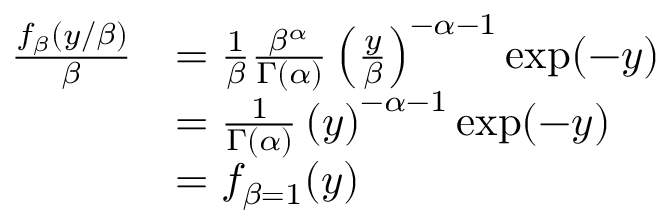
{ \begin{array} { r l } { { \frac { f _ { \beta } ( y / \beta ) } { \beta } } } & { = { \frac { 1 } { \beta } } { \frac { \beta ^ { \alpha } } { \Gamma ( \alpha ) } } \left( { \frac { y } { \beta } } \right) ^ { - \alpha - 1 } \exp ( - y ) } \\ & { = { \frac { 1 } { \Gamma ( \alpha ) } } \left( y \right) ^ { - \alpha - 1 } \exp ( - y ) } \\ & { = f _ { \beta = 1 } ( y ) } \end{array} }